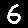
Digit: 6